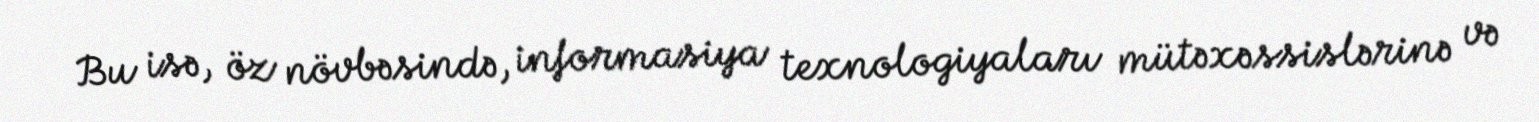
Bu isə, öz növbəsində, informasiya texnologiyaları mütəxəssislərinə və